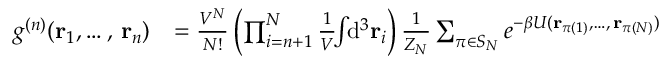
{ \begin{array} { r l } { g ^ { ( n ) } ( \mathbf { r } _ { 1 } , \ldots , \, \mathbf { r } _ { n } ) } & { = { \frac { V ^ { N } } { N ! } } \left( \prod _ { i = n + 1 } ^ { N } { \frac { 1 } { V } } \! \! \int \! \! \mathrm { d } ^ { 3 } \mathbf { r } _ { i } \right) { \frac { 1 } { Z _ { N } } } \sum _ { \pi \in S _ { N } } e ^ { - \beta U ( \mathbf { r } _ { \pi ( 1 ) } , \ldots , \, \mathbf { r } _ { \pi ( N ) } ) } } \end{array} }